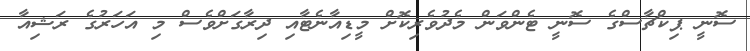
ސޮނީ ޕިކްޗާސްގެ ސޮނީ ޓެންވަން މެދުވެރިކޮށް މީޑިއާނެޓާއި ދިރާގަށްވެސް މި އަހަރުގެ ރަޝިއާ